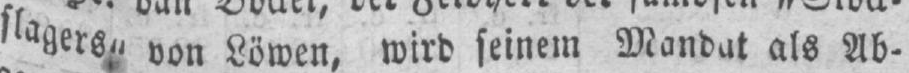
slagers“ von Löwen, wird seinem Mandat als Ab-